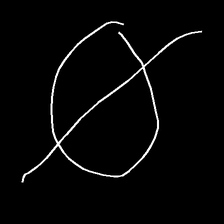
Glyph: orb